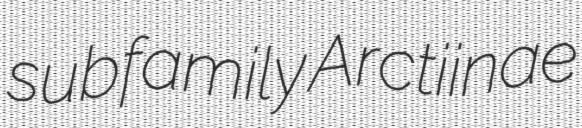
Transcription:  subfamily Arctiinae